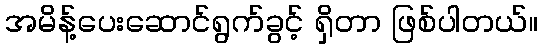
အမိန့်ပေးဆောင်ရွက်ခွင့် ရှိတာ ဖြစ်ပါတယ်။